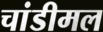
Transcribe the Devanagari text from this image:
चांडीमल